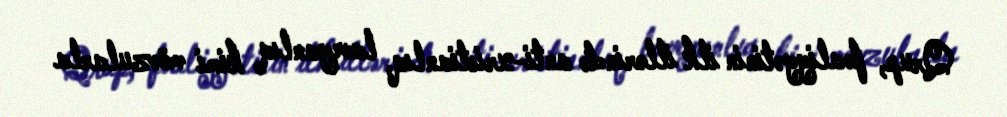
Qrup, fəaliyyətinin ilk illərində anti-xristianlıq, laveyanlıq kimi mövzularla